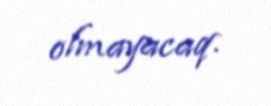
olmayacaq.